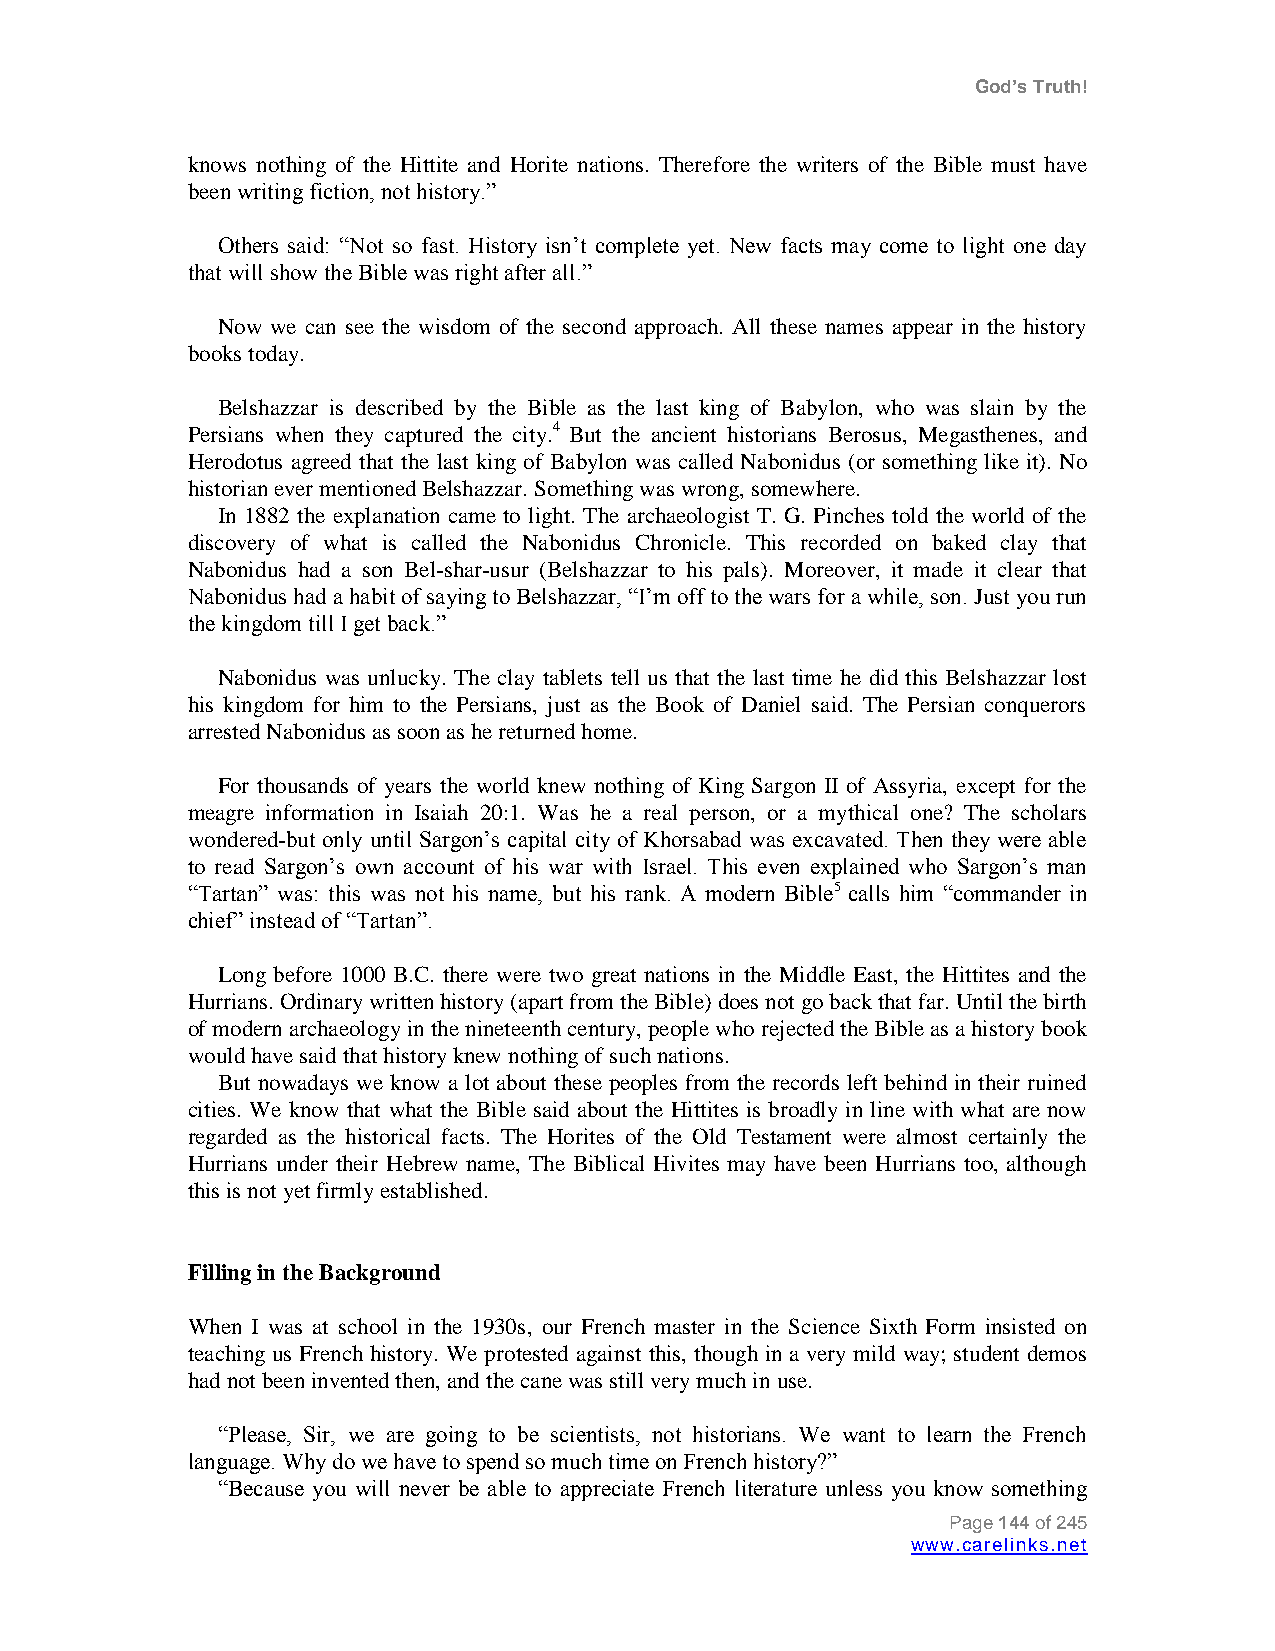
God’s Truth!
 knows nothing of the Hittite and Horite nations. Therefore the writers of the Bible must have
 been writing fiction, not history.”
 Others said: “Not so fast. History isn‟t complete yet. New facts may come to light one day
 that will show the Bible was right after all.”
 Now we can see the wisdom of the second approach. All these names appear in the history
 books today.
 Belshazzar is described by the Bible as the last king of Babylon, who was slain by the
 Persians when they captured the city.4 But the ancient historians Berosus, Megasthenes, and
 Herodotus agreed that the last king of Babylon was called Nabonidus (or something like it). No
 historian ever mentioned Belshazzar. Something was wrong, somewhere.
 In 1882 the explanation came to light. The archaeologist T. G. Pinches told the world of the
 discovery of what is called the Nabonidus Chronicle. This recorded on baked clay that
 Nabonidus had a son Bel-shar-usur (Belshazzar to his pals). Moreover, it made it clear that
 Nabonidus had a habit of saying to Belshazzar, “I‟m off to the wars for a while, son. Just you run
 the kingdom till I get back.”
 Nabonidus was unlucky. The clay tablets tell us that the last time he did this Belshazzar lost
 his kingdom for him to the Persians, just as the Book of Daniel said. The Persian conquerors
 arrested Nabonidus as soon as he returned home.
 For thousands of years the world knew nothing of King Sargon II of Assyria, except for the
 meagre information in Isaiah 20:1. Was he a real person, or a mythical one? The scholars
 wondered-but only until Sargon‟s capital city of Khorsabad was excavated. Then they were able
 to read Sargon‟s own account of his war with Israel. This even explained who Sargon‟s man
 “Tartan” was: this was not his name, but his rank. A modern Bible5 calls him “commander in
 chief” instead of “Tartan”.
 Long before 1000 B.C. there were two great nations in the Middle East, the Hittites and the
 Hurrians. Ordinary written history (apart from the Bible) does not go back that far. Until the birth
 of modern archaeology in the nineteenth century, people who rejected the Bible as a history book
 would have said that history knew nothing of such nations.
 But nowadays we know a lot about these peoples from the records left behind in their ruined
 cities. We know that what the Bible said about the Hittites is broadly in line with what are now
 regarded as the historical facts. The Horites of the Old Testament were almost certainly the
 Hurrians under their Hebrew name, The Biblical Hivites may have been Hurrians too, although
 this is not yet firmly established.
 Filling in the Background
 When I was at school in the 1930s, our French master in the Science Sixth Form insisted on
 teaching us French history. We protested against this, though in a very mild way; student demos
 had not been invented then, and the cane was still very much in use.
 “Please, Sir, we are going to be scientists, not historians. We want to learn the French
 language. Why do we have to spend so much time on French history?”
 “Because you will never be able to appreciate French literature unless you know something
 Page 144 of 245
 www.carelinks.net